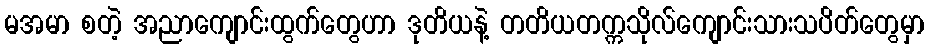
မအမာ စတဲ့ အညာကျောင်းထွက်တွေဟာ ဒုတိယနဲ့ တတိယတက္ကသိုလ်ကျောင်းသားသပိတ်တွေမှာ